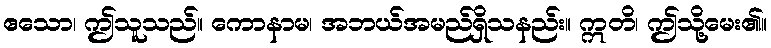
ဧသော၊ ဤသူသည်။ ကောနာမ၊ အဘယ်အမည်ရှိသနည်း။ ဣတိ၊ ဤသို့မေး၏။